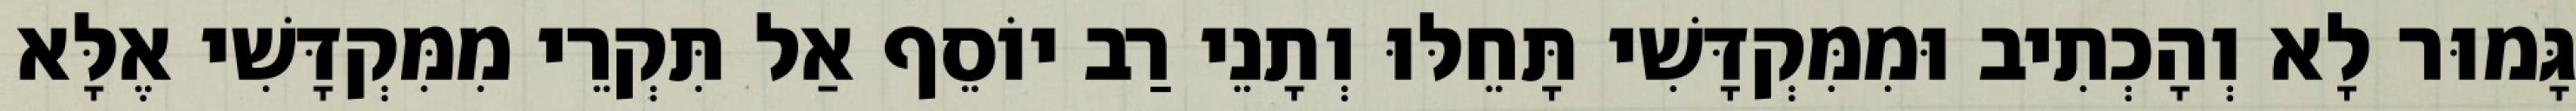
גָּמוּר לָא וְהָכְתִיב וּמִמִּקְדָּשִׁי תָּחֵלּוּ וְתָנֵי רַב יוֹסֵף אַל תִּקְרֵי מִמִּקְדָּשִׁי אֶלָּא